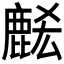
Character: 𪊭